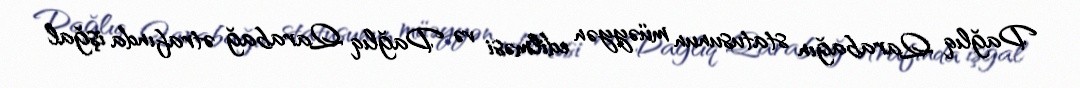
Dağlıq Qarabağın statusunun müəyyən edilməsi və Dağlıq Qarabağ ətrafında işğal